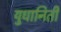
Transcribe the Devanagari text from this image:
युधानिती